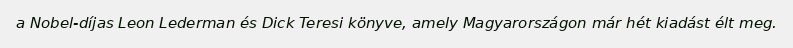
a Nobel-díjas Leon Lederman és Dick Teresi könyve, amely Magyarországon már hét kiadást élt meg.